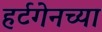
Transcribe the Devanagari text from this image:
हर्टगेनच्या